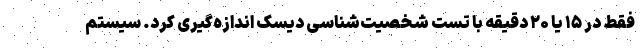
فقط در ۱۵ یا ۲۰ دقیقه با تست شخصیت‌شناسی دیسک اندازه‌گیری کرد. سیستم